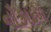
નૌકાદળ